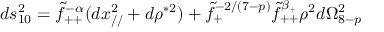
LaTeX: d s _ { 1 0 } ^ { 2 } = \tilde { f } _ { + + } ^ { - \alpha } ( d x _ { / / } ^ { 2 } + d \rho ^ { * 2 } ) + \tilde { f } _ { + } ^ { - 2 / ( 7 - p ) } \tilde { f } _ { + + } ^ { \beta _ { + } } \rho ^ { 2 } d \Omega _ { 8 - p } ^ { 2 }